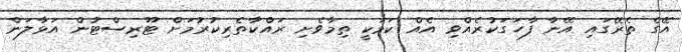
އޭގެ ތެރޭގައި އޭނާ ފާހަގަކުރެއްވި އެއް ކަމަކީ ތިމާވެށި ރައްކާތެރިކުރުމަށް ޓޫރިސްޓުން އަޅާލަން